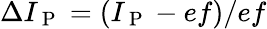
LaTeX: \Delta I_{\mathrm{~P~}}=(I_{\mathrm{~P~}}-ef)/ef